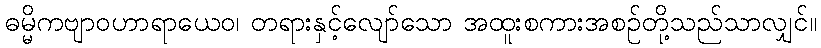
ဓမ္မိကဗျာဝဟာရာယေဝ၊ တရားနှင့်လျော်သော အထူးစကားအစဉ်တို့သည်သာလျှင်။